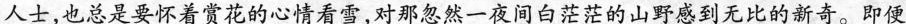
人士，也总是要怀着赏花的心情看雪，对那忽然一夜间白茫茫的山野感到无比的新奇。即便